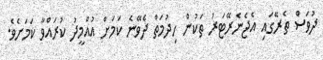
ދުވަސް ތެރޭގައި އެޖެނެރޭޓަރު ތަކުން ހިދުމަތް ދެވޭނެ ކަމަށް އުއްމީދު ކުރައްވާ ކަމަށެވެ.